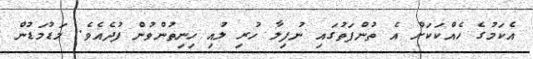
އެކަމުގެ ހެއްކަކަށް އެ ތުންފަތުގައި ނުފިލާ ހުރި ލުއި ހިނިތުންވުން ފުދެއެވެ. މަޑުމަޑުން